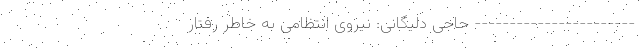
----------------------- حاجی دلیگانی: نیروی انتظامی به خاطر رفتار